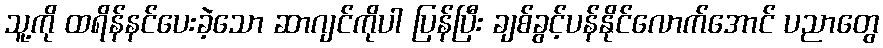
သူ့ကို ထရိန်နင်ပေးခဲ့သော ဆာဂျင်ကိုပါ ပြန်ပြီး ချစ်ခွင့်ပန်နိုင်လောက်အောင် ပညာတွေ